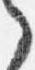
之